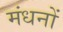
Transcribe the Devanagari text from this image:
मंधनों